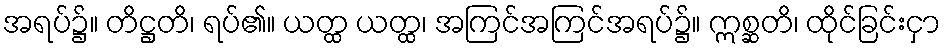
အရပ်၌။ တိဋ္ဌတိ၊ ရပ်၏။ ယတ္ထ ယတ္ထ၊ အကြင်အကြင်အရပ်၌။ ဣစ္ဆတိ၊ ထိုင်ခြင်းငှာ